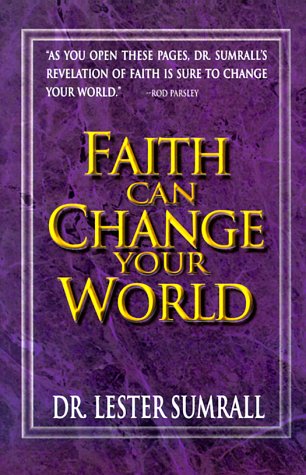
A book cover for Faith Can Change Your World; Lester Sumrall; Christian Books & Bibles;